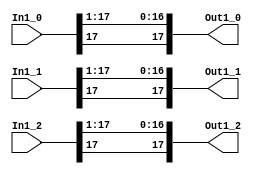
module velocityControlHdl_Double_Range
          (
           In1_0,
           In1_1,
           In1_2,
           Out1_0,
           Out1_1,
           Out1_2
          );


  input   signed [17:0] In1_0;  // sfix18_En13
  input   signed [17:0] In1_1;  // sfix18_En13
  input   signed [17:0] In1_2;  // sfix18_En13
  output  signed [17:0] Out1_0;  // sfix18_En12
  output  signed [17:0] Out1_1;  // sfix18_En12
  output  signed [17:0] Out1_2;  // sfix18_En12


  wire signed [17:0] In1 [0:2];  // sfix18_En13 [3]
  wire signed [17:0] Data_Type_Conversion_out1 [0:2];  // sfix18_En12 [3]


  assign In1[0] = In1_0;
  assign In1[1] = In1_1;
  assign In1[2] = In1_2;

  // <S40>/Data Type Conversion
  assign Data_Type_Conversion_out1[0] = {In1[0][17], In1[0][17:1]};
  assign Data_Type_Conversion_out1[1] = {In1[1][17], In1[1][17:1]};
  assign Data_Type_Conversion_out1[2] = {In1[2][17], In1[2][17:1]};



  assign Out1_0 = Data_Type_Conversion_out1[0];

  assign Out1_1 = Data_Type_Conversion_out1[1];

  assign Out1_2 = Data_Type_Conversion_out1[2];

endmodule